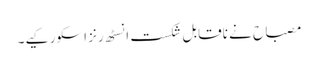
مصباح نے ناقابل شکست انسٹھ رنز اسکور کیے۔